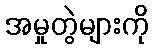
အမှုတွဲများကို